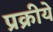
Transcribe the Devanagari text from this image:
प्रक्रीये